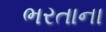
ભરતાના